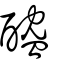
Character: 醓